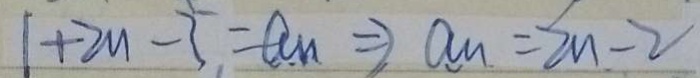
1 + 2 n - 3 = a n \Rightarrow a n = 2 n - 2